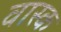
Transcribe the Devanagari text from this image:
वास्क